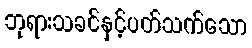
ဘုရားသခင်နှင့်ပတ်သက်သော